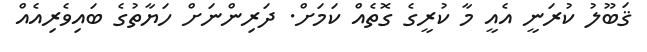
ޤަބޫލު ކުރަނީ އެއީ މާ ކުރީގެ ގޮތެއް ކަމަށް. ދަރިންނަށް ހަޔާތުގެ ބައިވެރިއެއް